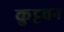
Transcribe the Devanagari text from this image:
कुट्टवन